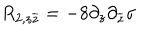
R _ { 2 , z \overline { { { z } } } } = - 8 \partial _ { z } \partial _ { \overline { { { z } } } } \mathrm { \ s i g m a }